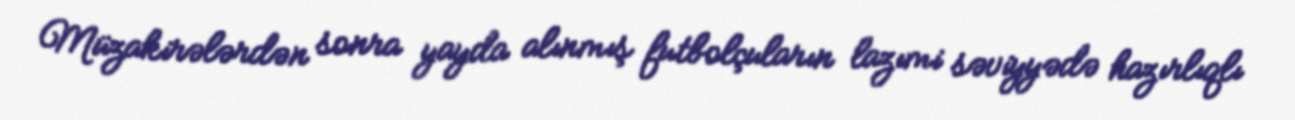
Müzakirələrdən sonra yayda alınmış futbolçuların lazımi səviyyədə hazırlıqlı